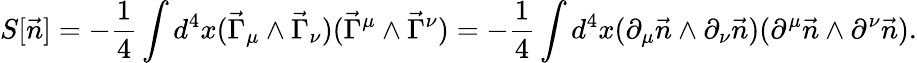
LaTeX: S[\vec{n}]=-\frac{1}{4}\int d^{4}x(\vec{\Gamma}_{\mu}\wedge\vec{\Gamma}_{\nu})(\vec{\Gamma}^{\mu}\wedge\vec{\Gamma}^{\nu})=-\frac{1}{4}\int d^{4}x(\partial_{\mu}\vec{n}\wedge\partial_{\nu}\vec{n})(\partial^{\mu}\vec{n}\wedge\partial^{\nu}\vec{n}).